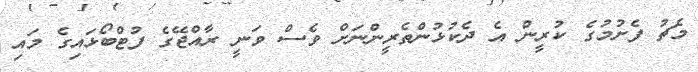
މެޗު ފެށުމުގެ ކުރީން އެ ދެކުޅުންތެރީންނަށް ވެސް ވަނީ ރާއްޖޭގެ ފުޓްބޯޅައިގެ މައި